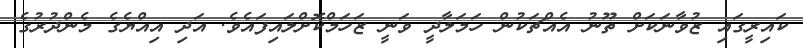
ކައިރީގައި ޒުވާނަކަށް ތޫނު އެއްޗަކުން ހަމަލާދީ ވަނީ ޒަހަމްކޮށްލައިފައެވެ. އަދި އިއްޔެގެ މެންދުރުގެ